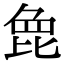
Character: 𣬋